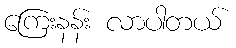
ကြေးနန်း လာပါတယ်